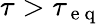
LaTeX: \tau>\tau_{\mathrm{~e~q~}}